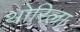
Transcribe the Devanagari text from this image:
थोरिला